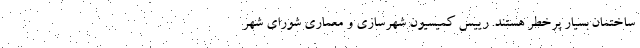
ساختمان بسیار پرخطر هستند. رییس کمیسیون شهرسازی و معماری شورای شهر